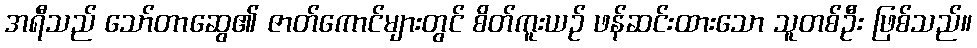
အရီသည် သော်တာဆွေ၏ ဇာတ်ကောင်များတွင် စိတ်ကူးယဉ် ဖန်ဆင်းထားသော သူတစ်ဦး ဖြစ်သည်။